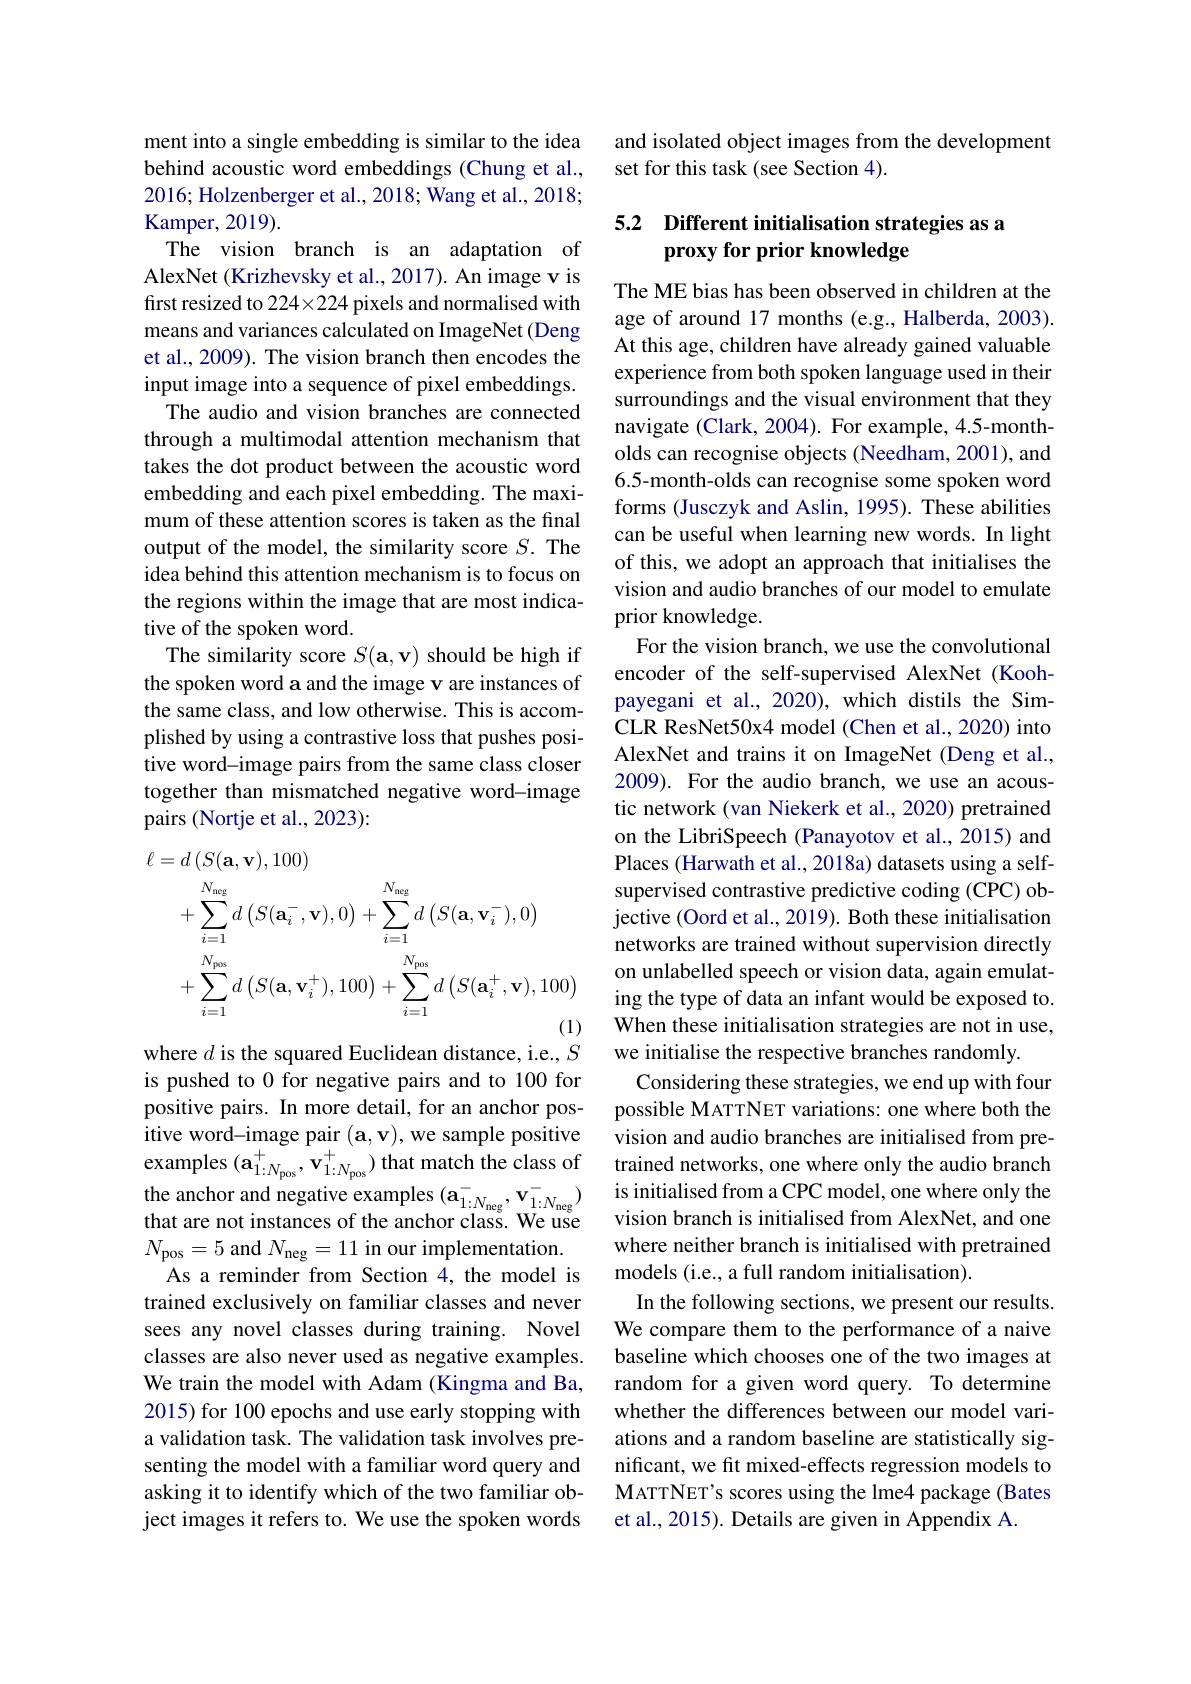
ment into a single embedding is similar to the idea behind acoustic word embeddings (Chung et al., 2016; Holzenberger et al., 2018; Wang et al., 2018; Kamper, 2019).
The vision branch is an adaptation of AlexNet (Krizhevsky et al., 2017). An image v is first resized to $224\times224$ pixels and normalised with means and variances calculated on ImageNet (Deng et al., 2009). The vision branch then encodes the input image into a sequence of pixel embeddings.
The audio and vision branches are connected through a multimodal attention mechanism that takes the dot product between the acoustic word embedding and each pixel embedding. The maximum of these attention scores is taken as the final output of the model, the similarity score $S.$ The idea behind this attention mechanism is to focus on the regions within the image that are most indicative of the spoken word.
The similarity score $S(\mathbf{a},\mathbf{v})$ should be high if the spoken word a and the image v are instances of the same class, and low otherwise. This is accomplished by using a contrastive loss that pushes positive word-image pairs from the same class closer together than mismatched negative word-image pairs (Nortje et al., 2023):
$$\begin{aligned}\text{}&=d\left(S(\mathbf{a},\mathbf{v}),100\right)\\&+\sum_{i=1}^{N_{\mathrm{neg}}}d\left(S(\mathbf{a}_{i}^{-},\mathbf{v}),0\right)+\sum_{i=1}^{N_{\mathrm{neg}}}d\left(S(\mathbf{a},\mathbf{v}_{i}^{-}),0\right)\\&+\sum_{i=1}^{N_{\mathrm{pos}}}d\left(S(\mathbf{a},\mathbf{v}_{i}^{+}),100\right)+\sum_{i=1}^{N_{\mathrm{pos}}}d\left(S(\mathbf{a}_{i}^{+},\mathbf{v}),100\right)\end{aligned}$$
where $d$ is the squared Euclidean distance, i.e., $S$ is pushed to 0 for negative pairs and to 100 for positive pairs. In more detail, for an anchor positive word-image pair $(\mathbf{a},\mathbf{v})$, we sample positive that are not instances of the anchor class. We use $N_{\mathrm{pos}}=5$ and $N_\mathrm{neg}=11$ in our implementation.
As a reminder from Section 4, the model is trained exclusively on familiar classes and never sees any novel classes during training. Novel classes are also never used as negative examples. We train the model with Adam (Kingma and Ba, 2015) for 100 epochs and use early stopping with a validation task. The validation task involves presenting the model with a familiar word query and asking it to identify which of the two familiar object images it refers to. We use the spoken words

and isolated object images from the development
set for this task (see Section 4).

### 5.2 Different initialisation strategies as a proxy for prior knowledge

The ME bias has been observed in children at the age of around 17 months (e.g., Halberda, 2003). At this age, children have already gained valuable experience from both spoken language used in their surroundings and the visual environment that they navigate (Clark, 2004). For example, 4.5-montholds can recognise objects (Needham, 2001), and 6.5-month-olds can recognise some spoken word forms (Jusczyk and Aslin, 1995). These abilities can be useful when learning new words. In light of this, we adopt an approach that initialises the vision and audio branches of our model to emulate prior knowledge.
For the vision branch, we use the convolutional encoder of the self-supervised AlexNet (Koohpayegani et al., 2020), which distils the SimCLR ResNet50x4 model (Chen et al., 2020) into AlexNet and trains it on ImageNet (Deng et al., 2009). For the audio branch, we use an acoustic network (van Niekerk et al., 2020) pretrained on the LibriSpeech (Panayotov et al.,2015) and Places (Harwath et al., 2018a) datasets using a selfsupervised contrastive predictive coding (CPC) objective (Oord et al., 2019). Both these initialisation networks are trained without supervision directly on unlabelled speech or vision data, again emulating the type of data an infant would be exposed to. When these initialisation strategies are not in use, we initialise the respective branches randomly
Considering these strategies, we end up with four possible MATTNET variations: one where both the vision and audio branches are initialised from pre-
examples $(\mathbf{a}_{1:N_{{\mathrm{pos}}}}^{+},\mathbf{v}_{1:N_{{\mathrm{pos}}}}^{+})$ that match the class of trained networks, one where only the audio branch the anchor and negative examples $( \mathbf{a} _{1: N_{\mathrm{neg}}}^{- }, \mathbf{v} _{1: N_{\mathrm{neg}}}^{- })$ is initialised from a CPC model, one where only the
vision branch is initialised from AlexNet, and one where neither branch is initialised with pretrained models (i.e., a full random initialisation).
In the following sections, we present our results. We compare them to the performance of a naive baseline which chooses one of the two images at random for a given word query. To determine whether the differences between our model variations and a random baseline are statistically significant, we fit mixed-effects regression models to MATTNET's scores using the lme4 package (Bates et al., 2015). Details are given in Appendix A.